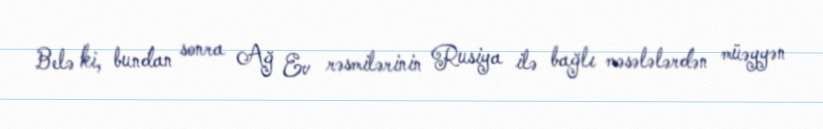
Belə ki, bundan sonra Ağ Ev rəsmilərinin Rusiya ilə bağlı məsələlərdən müəyyən